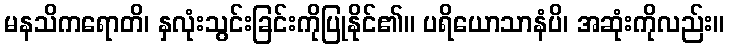
မနသိကရောတိ၊ နှလုံးသွင်းခြင်းကိုပြုနိုင်၏။ ပရိယောသာနံပိ၊ အဆုံးကိုလည်း။